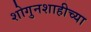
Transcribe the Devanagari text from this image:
शोगुनशाहीच्या